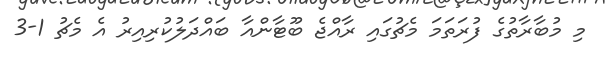
މި މުބާރާތުގެ ފުރަތަމަ މެޗުގައި ރާއްޖެ ބޫޓާންއާ ބައްދަލުކުރިއިރު އެ މެޗު 1-3